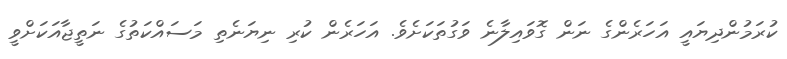
ކުރަމުންދިޔައީ އަހަރެންގެ ނަން ގޮވައިލާނެ ވަގުތަކަށެވެ. އަހަރެން ކުރި ނިޔަނެތި މަސައްކަތުގެ ނަތީޖާއަކަށްވީ